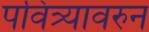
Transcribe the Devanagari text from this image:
पवित्र्यावरुन